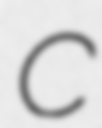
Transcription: C